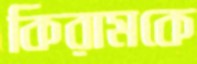
কিরামকে